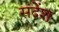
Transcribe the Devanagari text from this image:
संदेंश